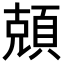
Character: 𬱆